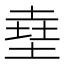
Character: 㙓